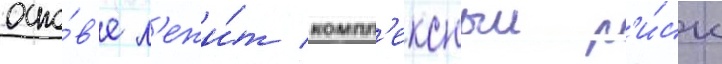
осно́в'е л'ежи́т компл'ексныи р'и́ск